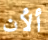
ألأن